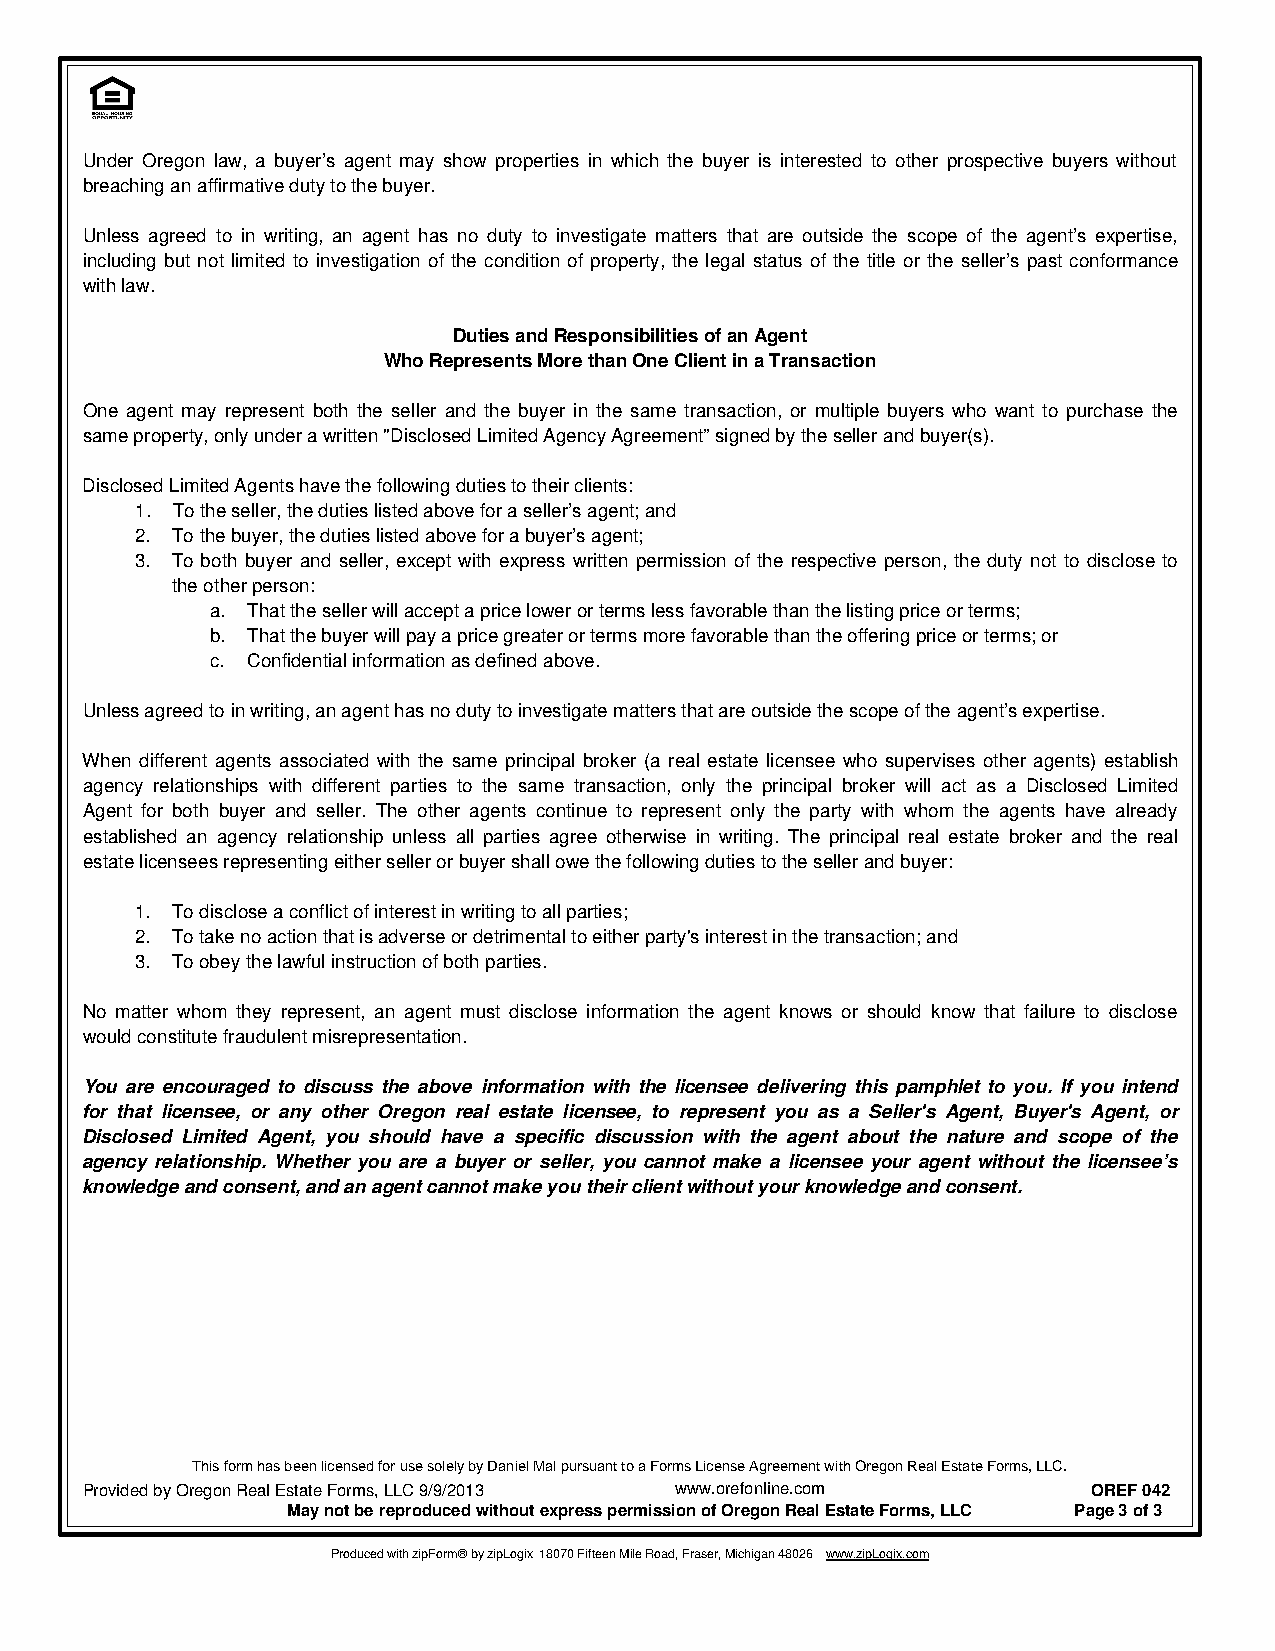
Under Oregon law, a buyer’s agent may show properties in which the buyer is interested to other prospective buyers without
 breaching an affirmative duty to the buyer.
 Unless agreed to in writing, an agent has no duty to investigate matters that are outside the scope of the agent’s expertise,
 including but not limited to investigation of the condition of property, the legal status of the title or the seller’s past conformance
 with law.
 Duties and Responsibilities of an Agent
 Who Represents More than One Client in a Transaction
 One agent may represent both the seller and the buyer in the same transaction, or multiple buyers who want to purchase the
 same property, only under a written "Disclosed Limited Agency Agreement” signed by the seller and buyer(s).
 Disclosed Limited Agents have the following duties to their clients:
 1. To the seller, the duties listed above for a seller’s agent; and
 2. To the buyer, the duties listed above for a buyer’s agent;
 3. To both buyer and seller, except with express written permission of the respective person, the duty not to disclose to
 the other person:
 a. That the seller will accept a price lower or terms less favorable than the listing price or terms;
 b. That the buyer will pay a price greater or terms more favorable than the offering price or terms; or
 c. Confidential information as defined above.
 Unless agreed to in writing, an agent has no duty to investigate matters that are outside the scope of the agent’s expertise.
 When different agents associated with the same principal broker (a real estate licensee who supervises other agents) establish
 agency relationships with different parties to the same transaction, only the principal broker will act as a Disclosed Limited
 Agent for both buyer and seller. The other agents continue to represent only the party with whom the agents have already
 established an agency relationship unless all parties agree otherwise in writing. The principal real estate broker and the real
 estate licensees representing either seller or buyer shall owe the following duties to the seller and buyer:
 1. To disclose a conflict of interest in writing to all parties;
 2. To take no action that is adverse or detrimental to either party's interest in the transaction; and
 3. To obey the lawful instruction of both parties.
 No matter whom they represent, an agent must disclose information the agent knows or should know that failure to disclose
 would constitute fraudulent misrepresentation.
 You are encouraged to discuss the above information with the licensee delivering this pamphlet to you. If you intend
 for that licensee, or any other Oregon real estate licensee, to represent you as a Seller's Agent, Buyer's Agent, or
 Disclosed Limited Agent, you should have a specific discussion with the agent about the nature and scope of the
 agency relationship. Whether you are a buyer or seller, you cannot make a licensee your agent without the licensee’s
 knowledge and consent, and an agent cannot make you their client without your knowledge and consent.
 This form has been licensed for use solely by Daniel Mal pursuant to a Forms License Agreement with Oregon Real Estate Forms, LLC.
 Provided by Oregon Real Estate Forms, LLC 9/9/2013 www.orefonline.com OREF 042
 May not be reproduced without express permission of Oregon Real Estate Forms, LLC Page 3 of 3
 Produced with zipForm® by zipLogix 18070 Fifteen Mile Road, Fraser, Michigan 48026 www.zipLogix.com